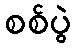
စစ်ပွဲ